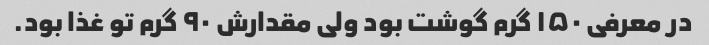
در معرفی ۱۵۰ گرم گوشت بود ولی مقدارش ۹۰ گرم تو غذا بود.